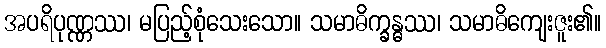
အပရိပုဏ္ဏဿ၊ မပြည့်စုံသေးသော။ သမာဓိက္ခန္ဓဿ၊ သမာဓိကျေးဇူး၏။